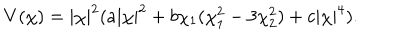
LaTeX: V ( \chi ) = | \chi | ^ { 2 } ( a | \chi | ^ { 2 } + b \chi _ { 1 } ( \chi _ { 1 } ^ { 2 } - 3 \chi _ { 2 } ^ { 2 } ) + c | \chi | ^ { 4 } ) .